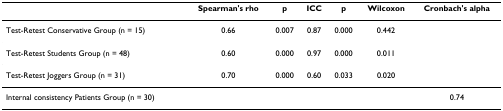
<table><thead><tr><td></td><td><b>Spearman&#x27;s rho</b></td><td><b>p</b></td><td><b>ICC</b></td><td><b>p</b></td><td><b>Wilcoxon</b></td><td><b>Cronbach&#x27;s alpha</b></td></tr></thead><tbody><tr><td>Test-Retest Conservative Group (n = 15)</td><td>0.66</td><td>0.007</td><td>0.87</td><td>0.000</td><td>0.442</td><td></td></tr><tr><td>Test-Retest Students Group (n = 48)</td><td>0.60</td><td>0.000</td><td>0.97</td><td>0.000</td><td>0.011</td><td></td></tr><tr><td>Test-Retest Joggers Group (n = 31)</td><td>0.70</td><td>0.000</td><td>0.60</td><td>0.033</td><td>0.020</td><td></td></tr><tr><td>Internal consistency Patients Group (n = 30)</td><td></td><td></td><td></td><td></td><td></td><td>0.74</td></tr></tbody></table>